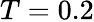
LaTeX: T=0.2